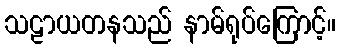
သဠာယတနသည် နာမ်ရုပ်ကြောင့်။